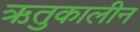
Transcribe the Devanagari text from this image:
ऋतुकालीन